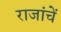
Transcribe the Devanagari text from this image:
राजांचें